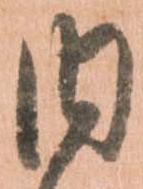
内